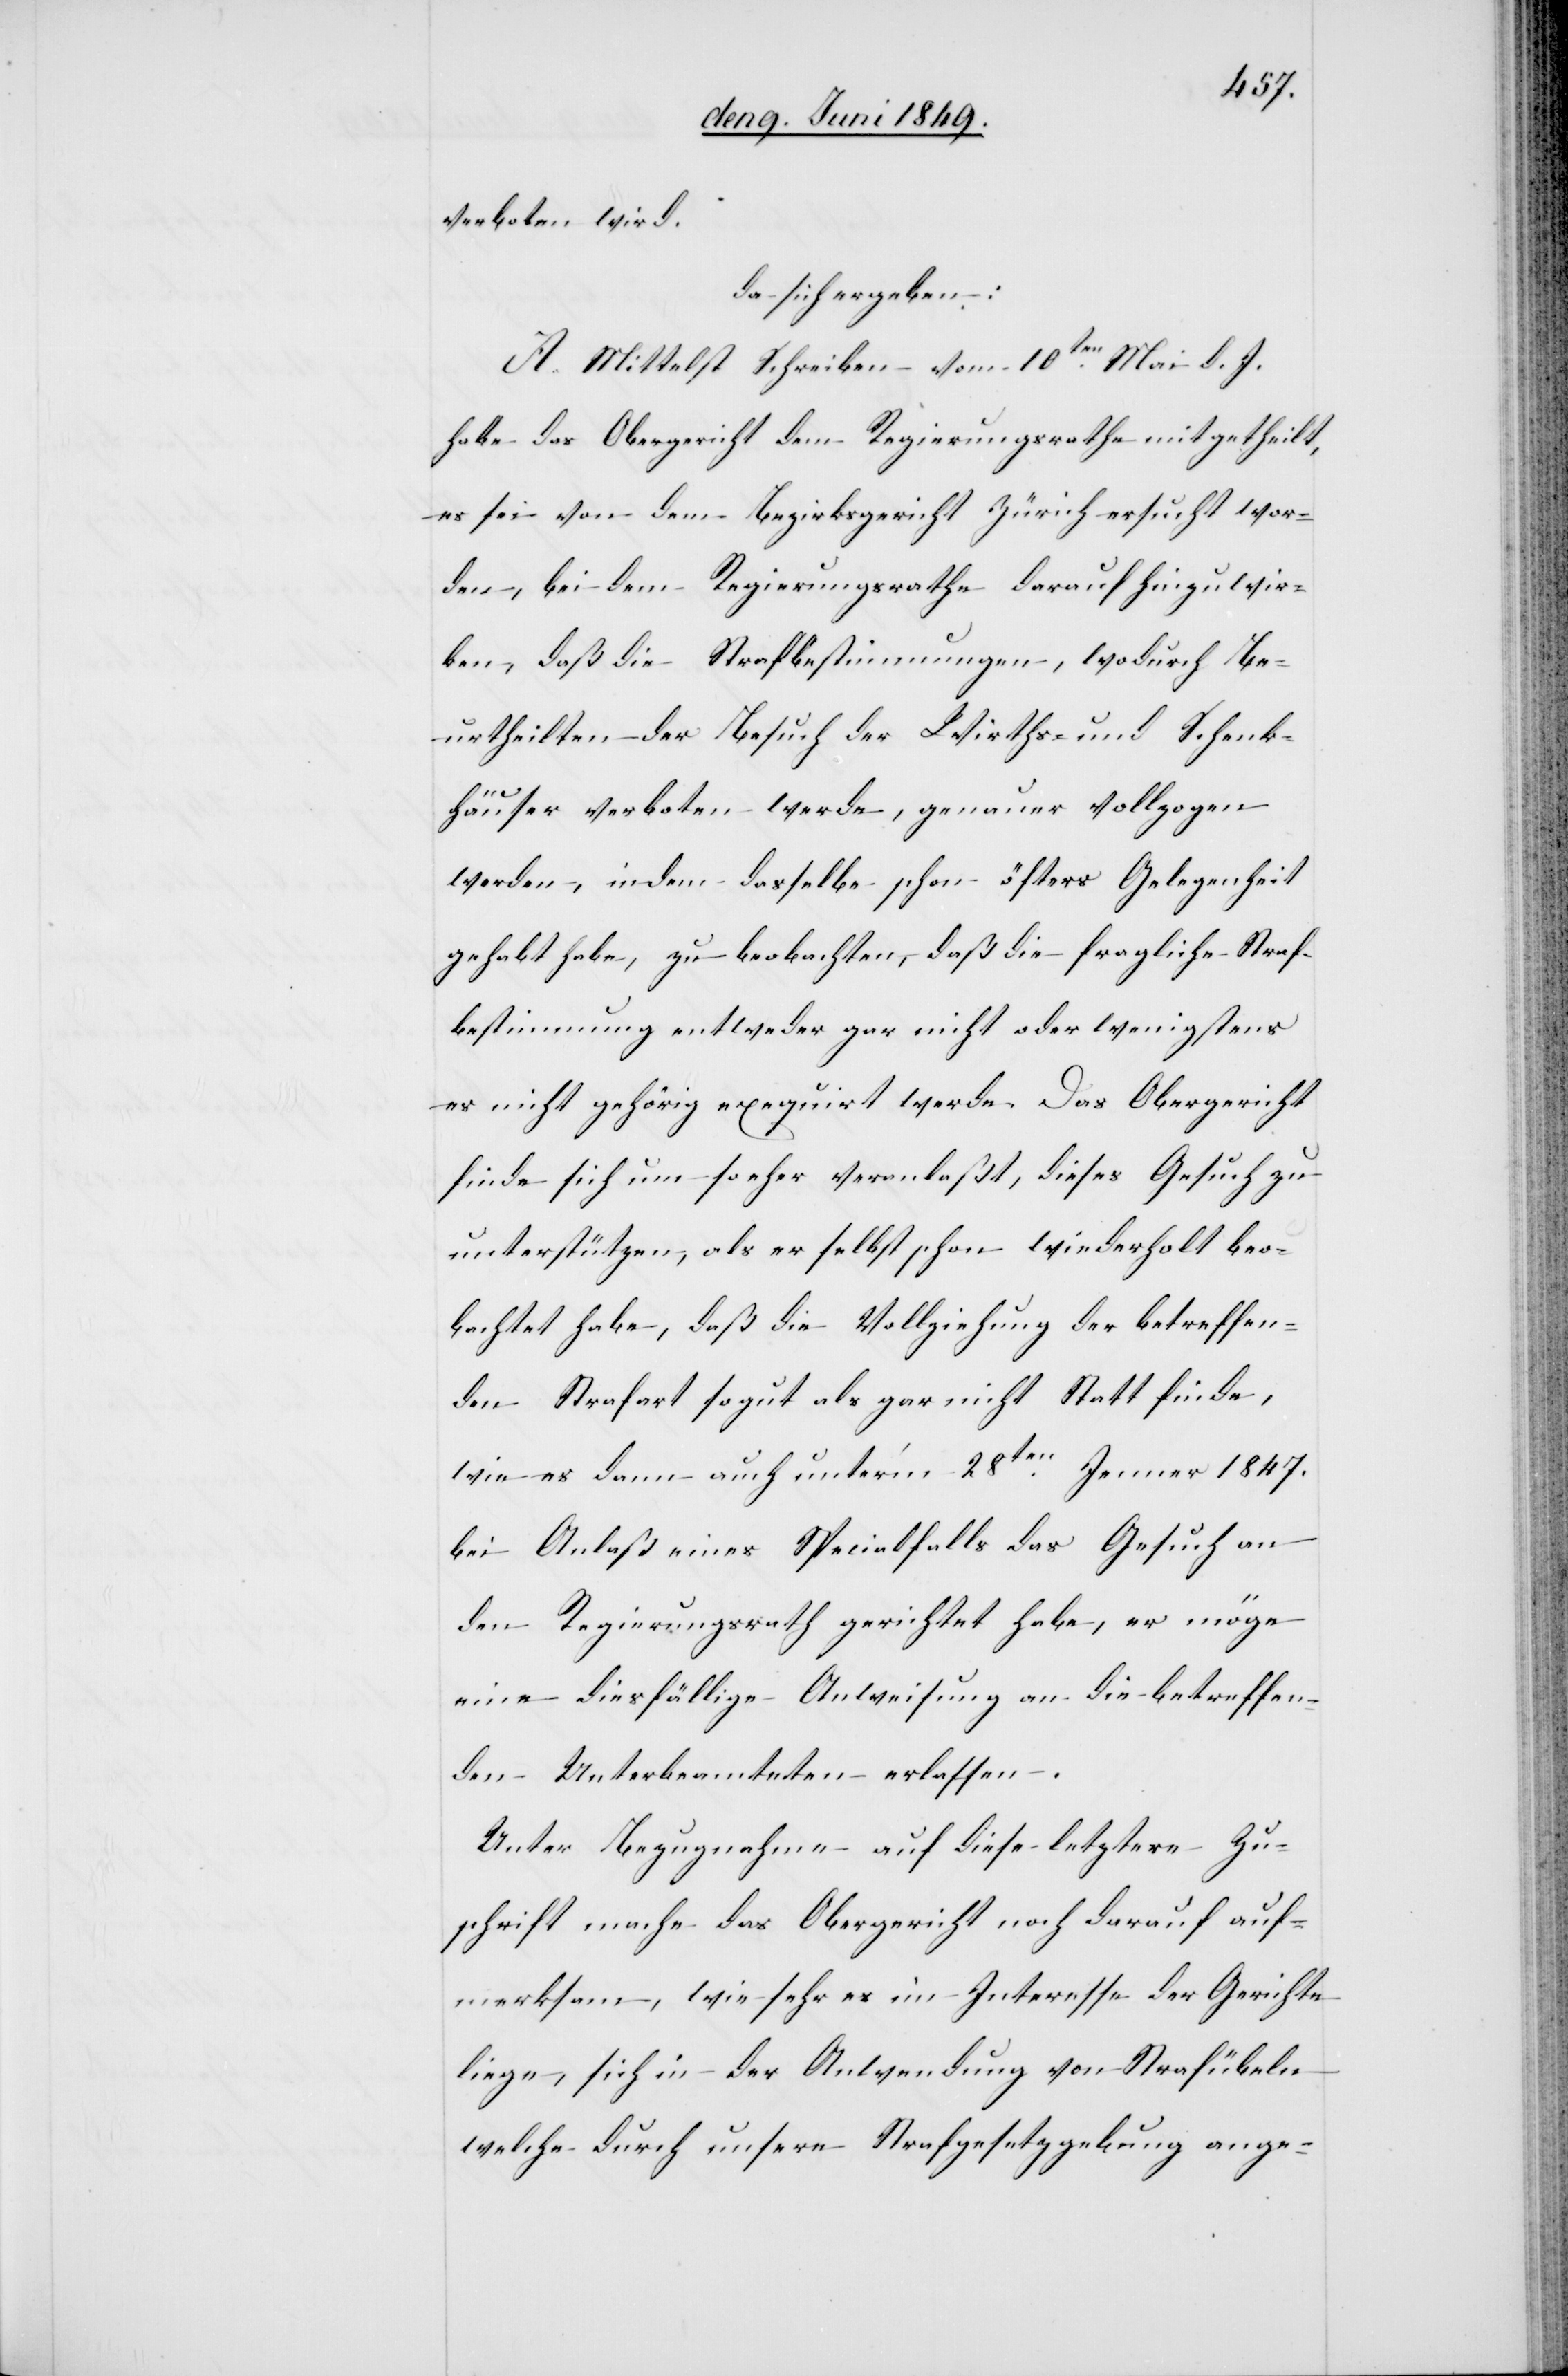
verboten wird.
da sich ergeben:
A. Mittelst Schreiben vom 10ten Mai d. J.
habe das Obergericht dem Regierungsrathe mitgetheilt,
es sei von dem Bezirksgericht Zürich ersucht wor¬
den, bei dem Regierungsrathe darauf hinzuwir¬
ken, daß die Strafbestimmungen, wodurch Be¬
urtheilten – der Besuch der Wirths- und Schenk¬
häuser verboten werde, genauer vollzogen
werden, indem dasselbe schon öfters Gelegenheit
gehabt habe, zu beobachten, daß die fragliche Straf¬
bestimmung entweder gar nicht oder wenigstens
es nicht gehörig exequirt werde. Das Obergericht
finde sich um so eher veranlaßt, dieses Gesuch zu
unterstützen, als er selbst schon wiederholt beo¬
bachtet habe, daß die Vollziehung der betreffen¬
den Strafart so gut als gar nicht Statt finde,
wie es dann auch unterm 28ten Jenner 1847.
bei Anlaß eines Specialfalls das Gesuch an
den Regierungsrath gerichtet habe, er möge
eine diesfällige Anweisung an die betreffen¬
den Unterbeamteten erlassen.
Unter Bezugnahme auf diese letztere Zu¬
schrift mache das Obergericht noch darauf auf¬
merksam, wie sehr es im Interesse der Gerichte
liege, sich in der Anwendung von Strafübeln
welche durch unsere Strafgesetzgebung ange-